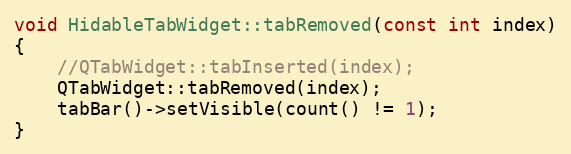
Language: C++
void HidableTabWidget::tabRemoved(const int index)
{
    //QTabWidget::tabInserted(index);
    QTabWidget::tabRemoved(index);
    tabBar()->setVisible(count() != 1);
}